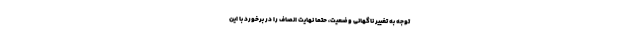
توجه به تغییر ناگهانی وضعیت، حتما نهایت انصاف را در برخورد با این